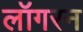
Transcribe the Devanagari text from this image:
लॉगरन